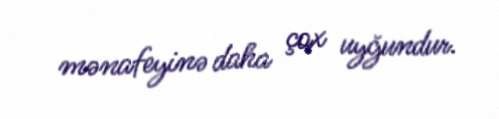
mənafeyinə daha çox uyğundur.